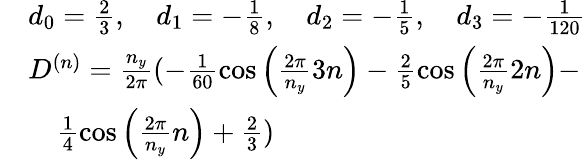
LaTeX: \begin{array}{rl}&{d_{0}=\frac{2}{3},\quad d_{1}=-\frac{1}{8},\quad d_{2}=-\frac{1}{5},\quad d_{3}=-\frac{1}{120}}\\ &{D^{(n)}=\frac{n_{y}}{2\pi}(-\frac{1}{60}\cos\left(\frac{2\pi}{n_{y}}3n\right)-\frac{2}{5}\cos\left(\frac{2\pi}{n_{y}}2n\right)-}\\ &{\quad\frac{1}{4}\cos\left(\frac{2\pi}{n_{y}}n\right)+\frac{2}{3})}\end{array}